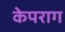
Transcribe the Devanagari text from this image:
केपराग